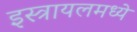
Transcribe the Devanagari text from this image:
इस्त्रायलमध्ये